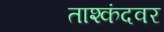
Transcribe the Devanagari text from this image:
ताश्कंदवर